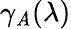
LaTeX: \gamma_{\mathit{A}}(\lambda)